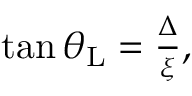
\begin{array} { r } { \tan \theta _ { \mathrm { L } } = \frac { \Delta } { \xi } , } \end{array}